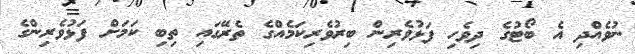
ނުވެއްދި އެ ބޯޓުގެ ދިވެހި ފަޅުވެރިން ބިރުވެރިކަމެއްގެ ތެރޭގައި ތިބި ކަމަށް ފަޅުވެރިންގެ